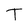
Character: T